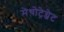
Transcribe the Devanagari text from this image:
मेथोट्रेग्जेट